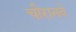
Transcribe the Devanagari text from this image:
चौरानबे